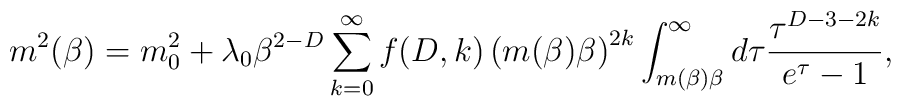
\ m^{2}(\beta)=m^{2}_{0}+\lambda_{0}\beta^{2-D}\sum^{\infty}_{k=0}f(D,k)\left(m(\beta)\beta\right)^{2k}\int^{\infty}_{m(\beta)\beta}d\tau\frac{\tau^{D-3-2k}}{e^{\tau}-1},